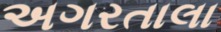
અગરતાલા